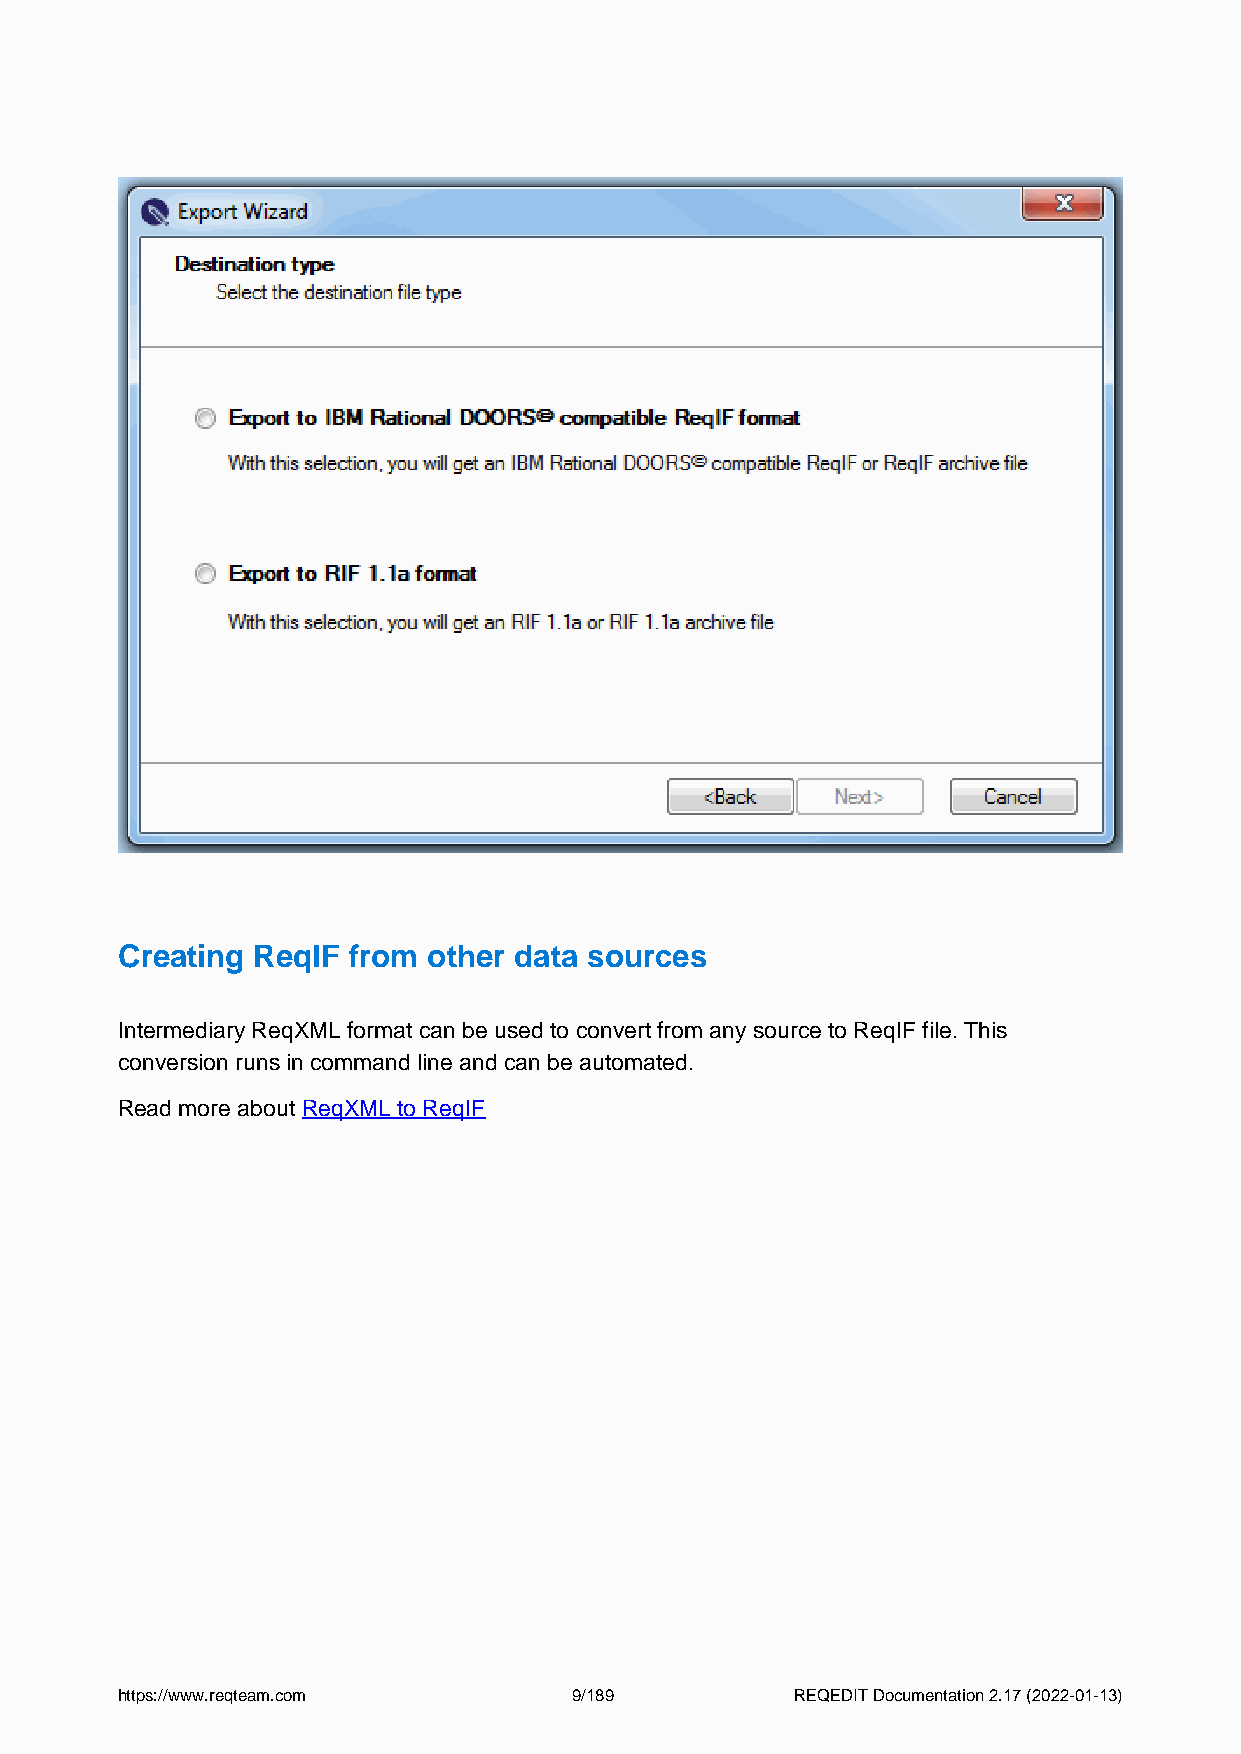
Creating ReqIF from other data sources
 Intermediary ReqXML format can be used to convert from any source to ReqIF file. This
 conversion runs in command line and can be automated.
 Read more about ReqXML to ReqIF
 https://www.reqteam.com       9/189          REQEDIT Documentation 2.17 (2022-01-13)